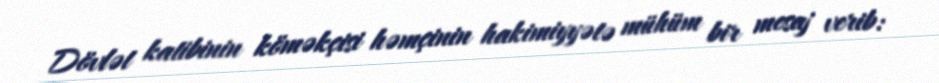
Dövlət katibinin köməkçisi həmçinin hakimiyyətə mühüm bir mesaj verib: